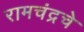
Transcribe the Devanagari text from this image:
रामचंद्रचे